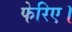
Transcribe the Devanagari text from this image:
फेरिए।